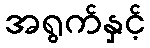
အရွက်နှင့်